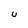
Character: U